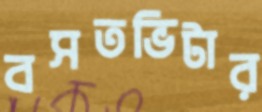
বসতভিটার